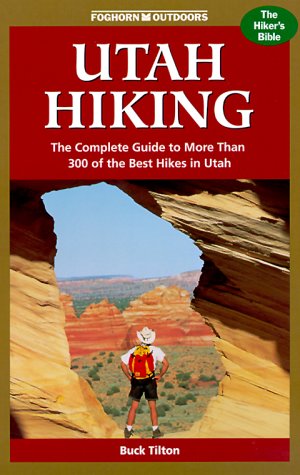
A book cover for Foghorn Outdoors Utah Hiking: The Complete Guide to More Than 300 of the Best Hikes in the Beehive State; Buck Tilton; Travel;